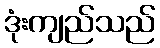
ဒုံးကျည်သည်